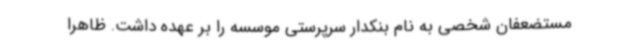
مستضعفان شخصی به نام بنکدار سرپرستی موسسه را بر عهده داشت. ظاهرا